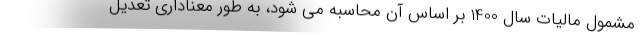
مشمول مالیات سال 1400 بر اساس آن محاسبه می شود، به طور معناداری تعدیل